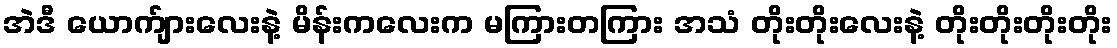
အဲဒီ ယောက်ျားလေးနဲ့ မိန်းကလေးက မကြားတကြား အသံ တိုးတိုးလေးနဲ့ တိုးတိုးတိုးတိုး